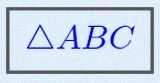
\triangle ABC